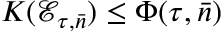
K ( \mathcal { E } _ { \tau , \bar { n } } ) \leq \Phi ( \tau , \bar { n } )